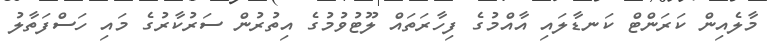
މާލެއިން ކަރަންޓް ކަނޑާލައި އާއްމުގެ ފިހާރަތައް ލޫޓުވުމުގެ އިތުރުން ސަރުކާރުގެ މައި ހަސްފަތާލު